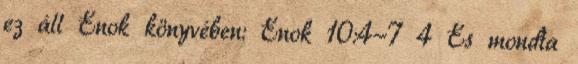
ez áll Énok könyvében: Énok 10:4-7 4 És mondta